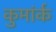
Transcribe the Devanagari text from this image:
कुमांर्क